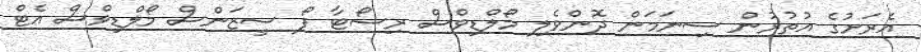
އެރަށުގެ އުތުރުން ސިނަމަން ދޮންވެލި މޯލްޑިވްސް ރިސޯޓާ ފޯ ސީޒަންސް މޯލްޑިވްސް އެޓް